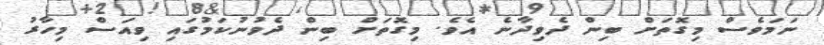
ނަމަވެސް މިގޮތަށް ބިން ދެވިދާނެ އެވެ. މިގޮތަށް ބިން ދެވުނުކަމުގައި ވިއަސް މިހާރު